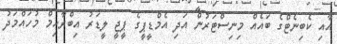
އާއި ކެބިނެޓްގެ ބައެއް މިނިސްޓަރުން އަދި އެމްޑީޕީގެ ޕީޖީ ލީޑަރު އިބްރާހިމް މުހައްމަދު